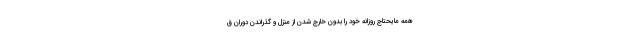
همه مایحتاج روزانه خود را بدون خارج شدن از منزل و گذراندن دوران ق